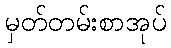
မှတ်တမ်းစာအုပ်